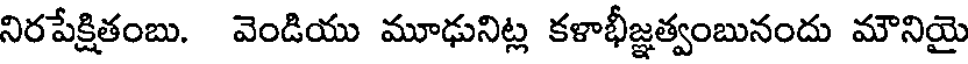
నిరపేక్షితంబు. వెండియు మూఢునిట్ల కళాభీజ్ఞత్వంబునందు మౌనియై